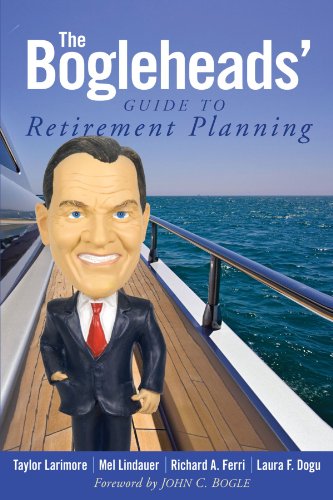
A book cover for The Bogleheads' Guide to Retirement Planning; Taylor Larimore; Business & Money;